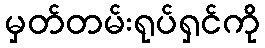
မှတ်တမ်းရုပ်ရှင်ကို